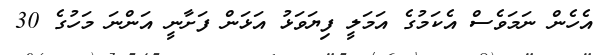
އެހެން ނަމަވެސް އެކަމުގެ އަމަލީ ފިޔަވަޅު އަޅަން ފަށާނީ އަންނަ މަހުގެ 30